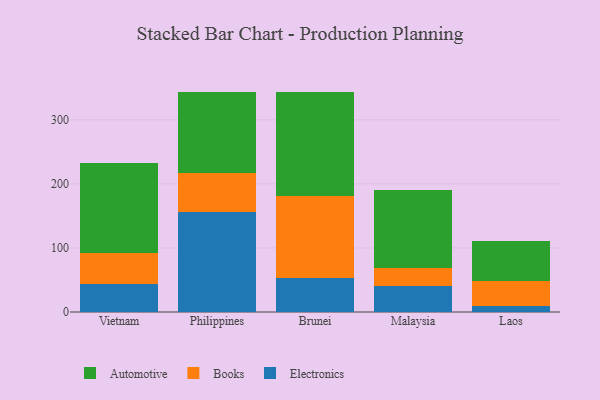
{"axis": {"x": "Country", "y": "Waste Production (Tons)"}, "legend": ["Automotive", "Books", "Electronics"], "data": [{"x": "Vietnam", "y": 44.1, "type": "Electronics"}, {"x": "Vietnam", "y": 47.5, "type": "Books"}, {"x": "Vietnam", "y": 140.5, "type": "Automotive"}, {"x": "Philippines", "y": 155.8, "type": "Electronics"}, {"x": "Philippines", "y": 61.7, "type": "Books"}, {"x": "Philippines", "y": 126.6, "type": "Automotive"}, {"x": "Brunei", "y": 53.4, "type": "Electronics"}, {"x": "Brunei", "y": 127.7, "type": "Books"}, {"x": "Brunei", "y": 162.8, "type": "Automotive"}, {"x": "Malaysia", "y": 40.8, "type": "Electronics"}, {"x": "Malaysia", "y": 27.2, "type": "Books"}, {"x": "Malaysia", "y": 123.0, "type": "Automotive"}, {"x": "Laos", "y": 8.7, "type": "Electronics"}, {"x": "Laos", "y": 40.0, "type": "Books"}, {"x": "Laos", "y": 61.7, "type": "Automotive"}]}